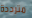
مترددة